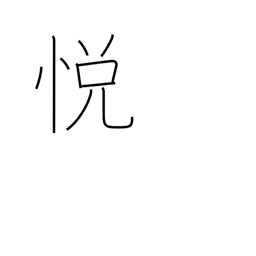
Meaning: rapture